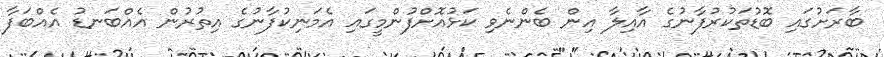
ބާރަށުގައި ބޮޑުތަކުރުފާނުގެ އާއިލާ އިން ބެންނެވި ކަޅުއޮށްފުންމީގައި އެމަނިކުފާނުގެ އިތުރުން އެއްބަނޑު އެއްބަފާ